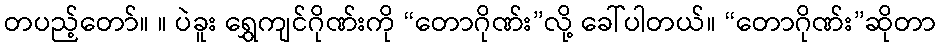
တပည့်တော်။ ။ ပဲခူး ရွှေကျင်ဂိုဏ်းကို “တောဂိုဏ်း”လို့ ခေါ်ပါတယ်။ “တောဂိုဏ်း”ဆိုတာ